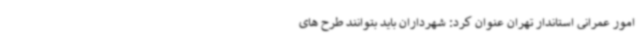
امور عمرانی استاندار تهران عنوان کرد: شهرداران باید بتوانند طرح های